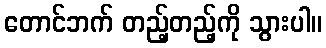
တောင်ဘက် တည့်တည့်ကို သွားပါ။